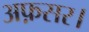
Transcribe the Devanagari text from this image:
अफ़सर।